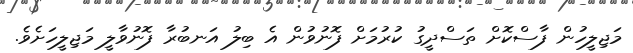
މަޖިލީހުން ފާސްކޮށް ތަސްދީގު ކުރުމަށް ފޮނުވުން އެ ބިލު އަނބުރާ ފޮނުވާލީ މަޖިލީހަށެވެ.